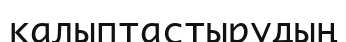
қалыптастырудың